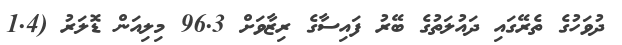
ދުވަހުގެ ތެރޭގައި ދައުލަތުގެ ބޭރު ފައިސާގެ ރިޒާވަށް 96.3 މިލިއަން ޑޮލަރު (1.4